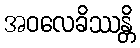
အဝလေခိဿန္တိ